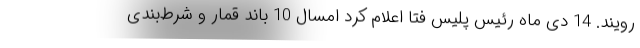
رویند. 14 دی ماه رئیس پلیس فتا اعلام کرد امسال 10 باند قمار و شرط‌بندی